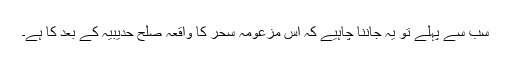
سب سے پہلے تو یہ جاننا چاہیے کہ اس مزعومہ سحر کا واقعہ صلح حدیبیہ کے بعد کا ہے۔